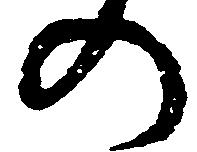
の